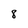
Character: 8